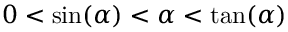
0 < \sin ( \alpha ) < \alpha < \tan ( \alpha )